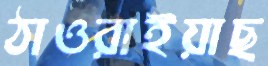
ঠাওরাইয়াছ